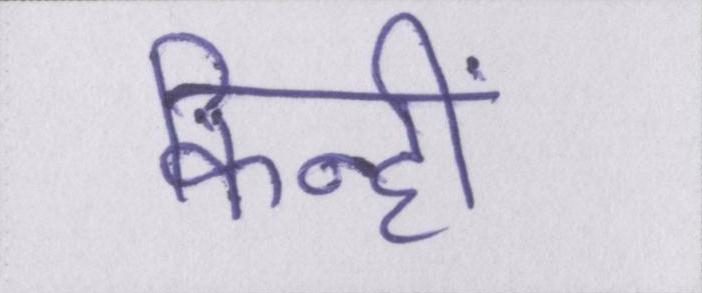
किन्हीं